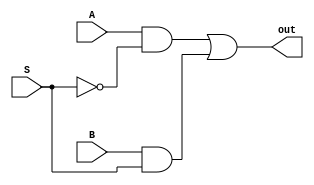
module two_to_one(
		input A,
		input B,
		input S,
		output out
	);
	
	wire net1, net2;
	
	and(net1, A, ~S);
	and(net2, B, S);
	
	or(out, net1, net2);
	
    
endmodule